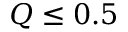
Q \le 0 . 5